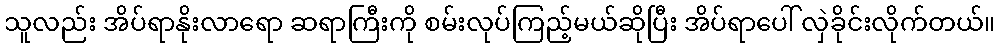
သူလည်း အိပ်ရာနိုးလာရော ဆရာကြီးကို စမ်းလုပ်ကြည့်မယ်ဆိုပြီး အိပ်ရာပေါ် လှဲခိုင်းလိုက်တယ်။